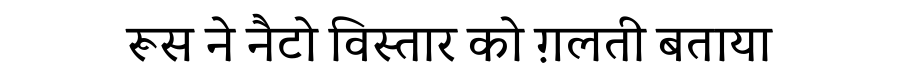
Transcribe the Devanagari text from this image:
रूस ने नैटो विस्तार को ग़लती बताया